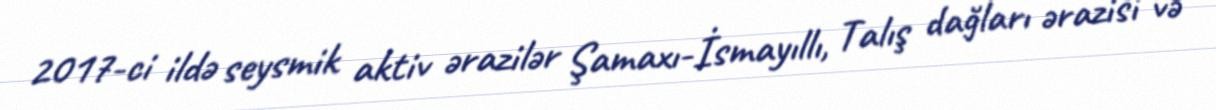
2017-ci ildə seysmik aktiv ərazilər Şamaxı-İsmayıllı, Talış dağları ərazisi və